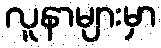
လူနာများမှာ